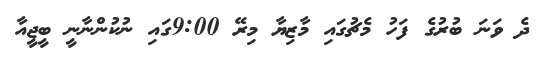
ދެ ވަނަ ބުރުގެ ފަހު މެޗުގައި މާޒިޔާ މިރޭ 9:00ގައި ނުކުންނާނީ ބީޖީއާ